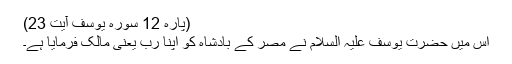
(پارہ 12 سورہ یوسف آیت 23)
اس میں حضرت یوسف علیہ السلام نے مصر کے بادشاہ کو اپنا رب یعنی مالک فرمایا ہے۔